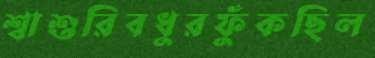
শ্বাশুরিবধুরফুঁকছিল